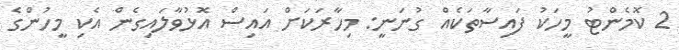
2 ކޮމެންޓު މީހަކު ފައިސާތަކެއް ގުނަނީ: މިހާރަކަށް އައިސް އޮޅުވާލައިގެން އެކި މީހުންގެ